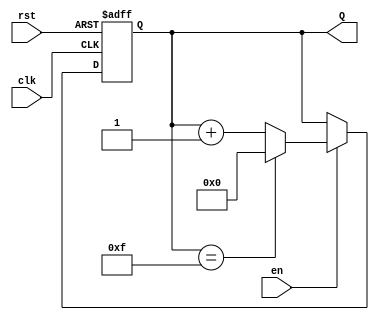
module binary_up_counter #(
    parameter N = 4  // Parameter for the number of bits in the counter (default is 4 bits)
)(
    input wire clk,    // Clock signal
    input wire rst,    // Asynchronous reset signal
    input wire en,     // Enable signal
    output reg [N-1:0] Q // n-bit output representing the current count value
);

    // Asynchronous reset and counter logic
    always @(posedge clk or posedge rst) begin
        if (rst) begin
            Q <= 0; // Reset the counter to 0
        end else if (en) begin
            if (Q == (1 << N) - 1) begin
                Q <= 0; // Wrap around to 0 on overflow
            end else begin
                Q <= Q + 1; // Increment the counter
            end
        end
    end

endmodule